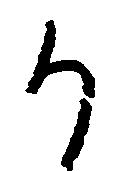
か